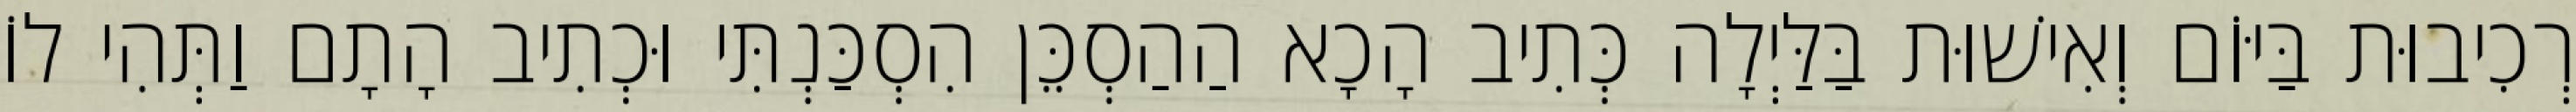
רְכִיבוּת בַּיּוֹם וְאִישׁוּת בַּלַּיְלָה כְּתִיב הָכָא הַהַסְכֵּן הִסְכַּנְתִּי וּכְתִיב הָתָם וַתְּהִי לוֹ